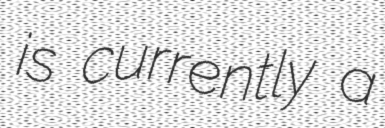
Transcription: is currently a